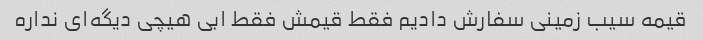
قیمه سیب زمینی سفارش دادیم فقط قیمش فقط ابی هیچی دیگه‌ای نداره